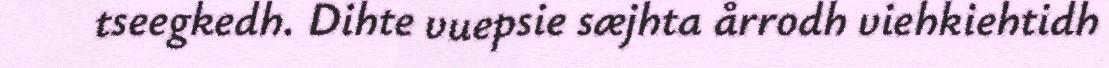
tseegkedh. Dihte vuepsie sæjhta årrodh viehkiehtidh